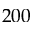
2 0 0